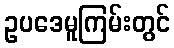
ဥပဒေမူကြမ်းတွင်